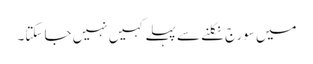
میں سورج نکلنے سے پہلے کہیں نہیں جا سکتا۔